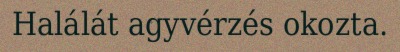
Halálát agyvérzés okozta.